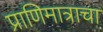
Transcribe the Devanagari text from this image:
प्राणिमात्राचा